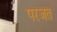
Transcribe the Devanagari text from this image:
परजत